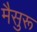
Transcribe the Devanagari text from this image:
मैसुरू